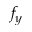
f _ { y }